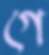
গে